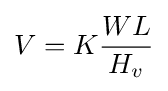
V=K{\frac {WL}{H_{v}}}